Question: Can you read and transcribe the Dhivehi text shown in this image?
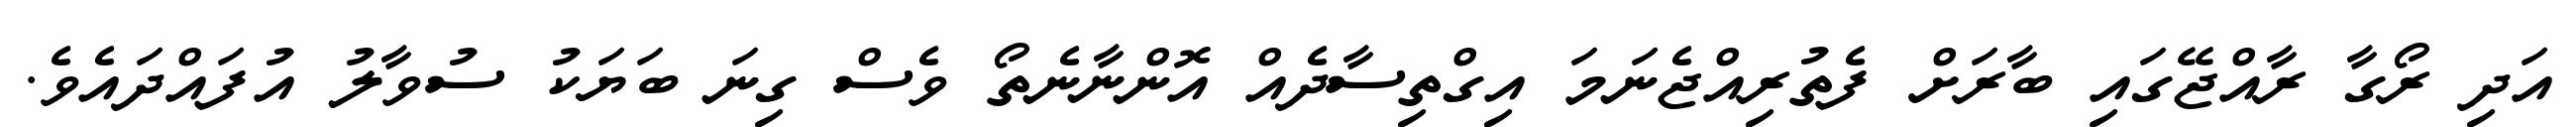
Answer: އަދި ރޯގާ ރާއްޖޭގައި ބާރަށް ފެތުރިއްޖެނަމަ އިގްތިސާދެއް އޮންނާނެތޯ ވެސް ގިނަ ބަޔަކު ސުވާލު އުފައްދައެވެ.